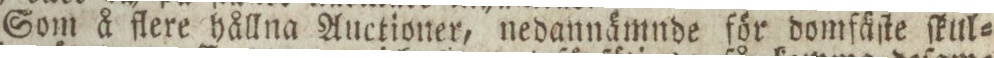
Som å flere hållna Auctioner, nedannämnde för domfäſte ſkul=